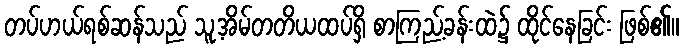
တပ်ဟယ်ရစ်ဆန်သည် သူ့အိမ်တတိယထပ်ရှိ စာကြည့်ခန်းထဲ၌ ထိုင်နေခြင်း ဖြစ်၏။